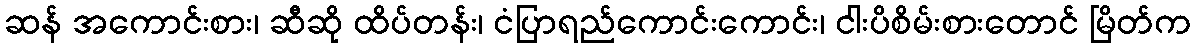
ဆန် အကောင်းစား၊ ဆီဆို ထိပ်တန်း၊ ငံပြာရည်ကောင်းကောင်း၊ ငါးပိစိမ်းစားတောင် မြိတ်က